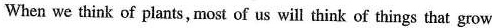
When we think of plants, most of us will think of things that grow